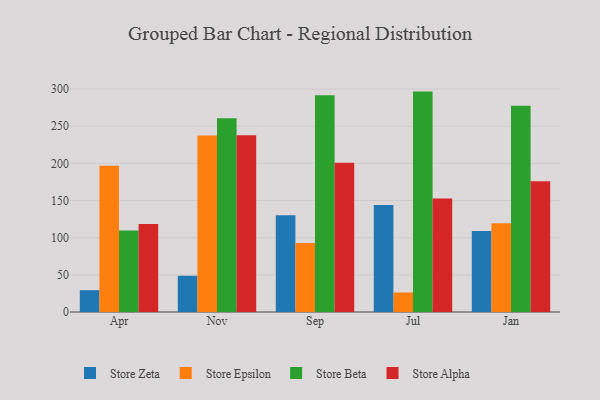
{"axis": {"x": "Month", "y": "Gross Profit (USD K)"}, "legend": ["Store Alpha", "Store Beta", "Store Epsilon", "Store Zeta"], "data": [{"x": "Apr", "y": 29.4, "type": "Store Zeta"}, {"x": "Apr", "y": 196.8, "type": "Store Epsilon"}, {"x": "Apr", "y": 109.8, "type": "Store Beta"}, {"x": "Apr", "y": 118.4, "type": "Store Alpha"}, {"x": "Nov", "y": 48.8, "type": "Store Zeta"}, {"x": "Nov", "y": 237.5, "type": "Store Epsilon"}, {"x": "Nov", "y": 260.7, "type": "Store Beta"}, {"x": "Nov", "y": 237.7, "type": "Store Alpha"}, {"x": "Sep", "y": 130.1, "type": "Store Zeta"}, {"x": "Sep", "y": 92.9, "type": "Store Epsilon"}, {"x": "Sep", "y": 291.8, "type": "Store Beta"}, {"x": "Sep", "y": 200.9, "type": "Store Alpha"}, {"x": "Jul", "y": 144.0, "type": "Store Zeta"}, {"x": "Jul", "y": 26.3, "type": "Store Epsilon"}, {"x": "Jul", "y": 296.6, "type": "Store Beta"}, {"x": "Jul", "y": 152.7, "type": "Store Alpha"}, {"x": "Jan", "y": 109.0, "type": "Store Zeta"}, {"x": "Jan", "y": 119.3, "type": "Store Epsilon"}, {"x": "Jan", "y": 277.6, "type": "Store Beta"}, {"x": "Jan", "y": 175.9, "type": "Store Alpha"}]}